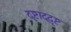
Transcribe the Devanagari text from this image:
दृष्टाद्दृष्ट